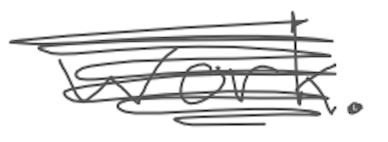
Text: work.
Cross-out: scratch
Writing tool: digital_gray